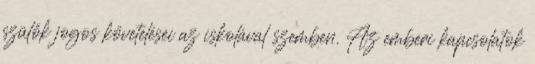
szülők jogos követelései az iskolával szemben. Az emberi kapcsolatok